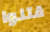
قتلوا